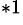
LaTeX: ^{\ast 1}